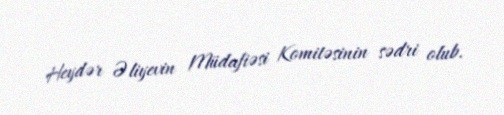
Heydər Əliyevin Müdafiəsi Komitəsinin sədri olub.